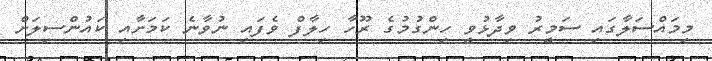
މިމައްސަލާގައި ސަމީރު ވިދާޅުވީ ހިންގުމުގެ ރޫހާ ހިލާފް ވެފައި ނުވާނެ ކަމަށާއި ކައުންސިލަށް